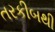
તરકીબથી